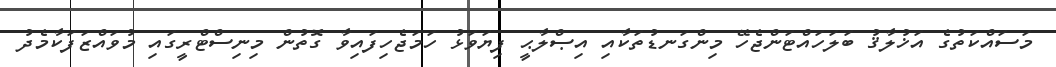
މަސައްކަތުގެ އަޚުލާޤު ބަލަހައްޓަންޖެހޭ މިންގަނޑުތަކާއި އިޞްލާޙީ ފިޔަވަޅު ހަމަޖެހިފައިވާ ގޮތުން މިނިސްޓްރީގައި މުވައްޒަފަކާމެދު